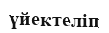
үйектеліп